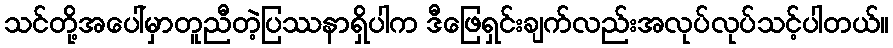
သင်တို့အပေါ်မှာတူညီတဲ့ပြဿနာရှိပါက ဒီဖြေရှင်းချက်လည်းအလုပ်လုပ်သင့်ပါတယ်။